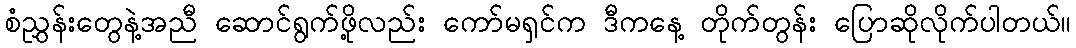
စံညွှန်းတွေနဲ့အညီ ဆောင်ရွက်ဖို့လည်း ကော်မရှင်က ဒီကနေ့ တိုက်တွန်း ပြောဆိုလိုက်ပါတယ်။